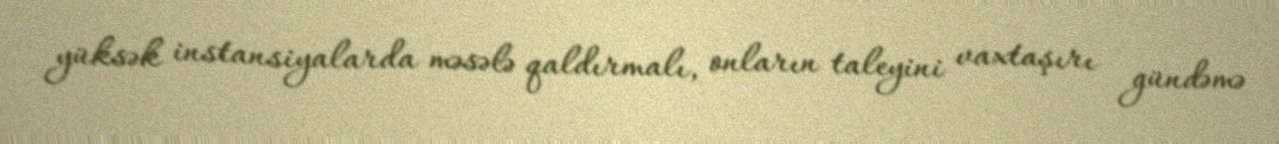
yüksək instansiyalarda məsələ qaldırmalı, onların taleyini vaxtaşırı gündəmə